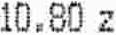
10.80 Z